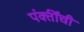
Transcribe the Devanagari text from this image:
पंक्तींची